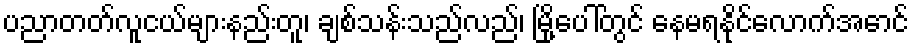
ပညာတတ်လူငယ်များနည်းတူ၊ ချစ်သန်းသည်လည်၊ မြို့ပေါ်တွင် နေမရနိုင်လောက်အောင်